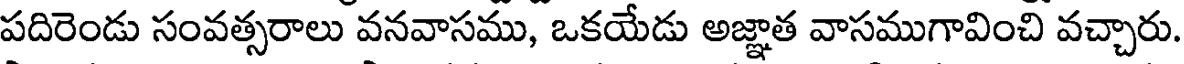
పదిరెండు సంవత్సరాలు వనవాసము, ఒకయేడు అజ్ఞాత వాసముగావించి వచ్చారు.